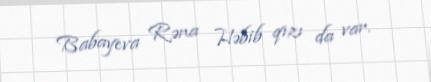
Babayeva Rəna Həbib qızı da var.